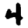
Digit: 4